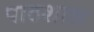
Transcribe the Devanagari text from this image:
पाठशाल